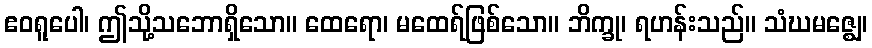
ဧဝရူပေါ၊ ဤသို့သဘောရှိသော။ ထေရော၊ မထေရ်ဖြစ်သော။ ဘိက္ခု၊ ရဟန်းသည်။ သံဃမဇ္ဈေ၊